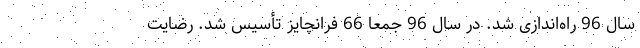
سال 96 راه‌اندازی شد. در سال 96 جمعاً 66 فرانچایز تأسیس شد. رضایت